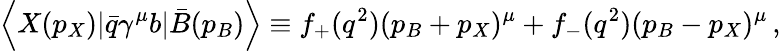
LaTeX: \left<X(p_{X})|\bar{q}\gamma^{\mu}b|\bar{B}(p_{B})\right>\equiv f_{+}(q^{2})(p_{B}+p_{X})^{\mu}+f_{-}(q^{2})(p_{B}-p_{X})^{\mu}\, ,